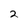
Character: 2